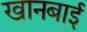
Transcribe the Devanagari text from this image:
खानबाई